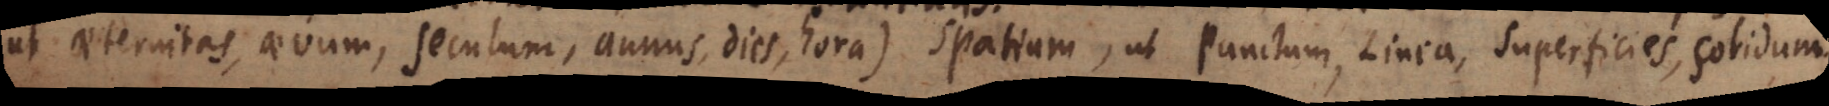
(ut aeternitas, aevum, seculum, annus, dies, hora), Spatium, ut Punctum, Linea, Superficies, Solidum